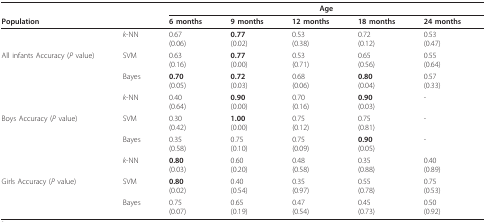
<table><thead><tr><td></td><td></td><td colspan="5"><b>Age</b></td></tr><tr><td><b>Population</b></td><td></td><td><b>6 months</b></td><td><b>9 months</b></td><td><b>12 months</b></td><td><b>18 months</b></td><td><b>24 months</b></td></tr></thead><tbody><tr><td></td><td><i>k</i>-NN</td><td>0.67(0.06)</td><td><b>0.77</b>(0.02)</td><td>0.53(0.38)</td><td>0.72(0.12)</td><td>0.53(0.47)</td></tr><tr><td>All infants Accuracy (<i>P </i>value)</td><td>SVM</td><td>0.63(0.16)</td><td><b>0.77</b>(0.00)</td><td>0.53(0.71)</td><td>0.65(0.56)</td><td>0.55(0.64)</td></tr><tr><td></td><td>Bayes</td><td><b>0.70</b>(0.05)</td><td><b>0.72</b>(0.03)</td><td>0.68(0.06)</td><td><b>0.80</b>(0.04)</td><td>0.57(0.33)</td></tr><tr><td></td><td><i>k</i>-NN</td><td>0.40(0.64)</td><td><b>0.90</b>(0.00)</td><td>0.70(0.16)</td><td><b>0.90</b>(0.03)</td><td>-</td></tr><tr><td>Boys Accuracy (<i>P </i>value)</td><td>SVM</td><td>0.30(0.42)</td><td><b>1.00</b>(0.00)</td><td>0.75(0.12)</td><td>0.75(0.81)</td><td>-</td></tr><tr><td></td><td>Bayes</td><td>0.35(0.58)</td><td>0.75(0.10)</td><td>0.75(0.09)</td><td><b>0.90</b>(0.05)</td><td>-</td></tr><tr><td></td><td><i>k</i>-NN</td><td><b>0.80</b>(0.03)</td><td>0.60(0.20)</td><td>0.48(0.58)</td><td>0.35(0.88)</td><td>0.40(0.89)</td></tr><tr><td>Girls Accuracy (<i>P </i>value)</td><td>SVM</td><td><b>0.80</b>(0.02)</td><td>0.40(0.54)</td><td>0.35(0.97)</td><td>0.55(0.78)</td><td>0.75(0.53)</td></tr><tr><td></td><td>Bayes</td><td>0.75(0.07)</td><td>0.65(0.19)</td><td>0.47(0.54)</td><td>0.45(0.73)</td><td>0.50(0.92)</td></tr></tbody></table>